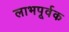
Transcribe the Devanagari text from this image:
लाभपूर्वक